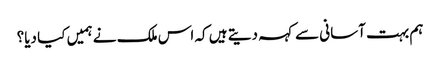
ہم بہت آسانی سے کہہ دیتے ہیں کہ اس ملک نے ہمیں کیا دیا؟